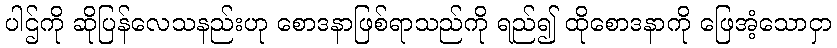
ပါဌ်ကို ဆိုပြန်လေသနည်းဟု စောဒနာဖြစ်ရာသည်ကို ရည်၍ ထိုစောဒနာကို ဖြေအံ့သောငှာ